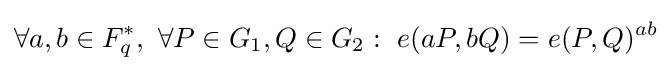
\forall a,b\in F_{q}^{*},\ \forall P\in G_{1},Q\in G_{2}:\ e(aP,bQ)=e(P,Q)^{ab}